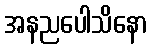
အနညပေါသိနော